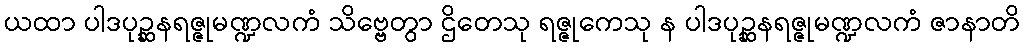
ယထာ ပါဒပုဉ္ဆနရဇ္ဇုမဏ္ဍလကံ သိဗ္ဗေတွာ ဌိတေသု ရဇ္ဇုကေသု န ပါဒပုဉ္ဆနရဇ္ဇုမဏ္ဍလကံ ဇာနာတိ